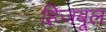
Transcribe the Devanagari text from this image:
हिजबूल